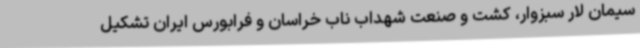
سیمان لار سبزوار، کشت و صنعت شهداب ناب خراسان و فرابورس ایران تشکیل